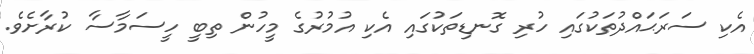
އެކި ސަރަޙައްދުތަކުގައި ހުރި ގޮނޑިތަކުގައި އެކި އުމުރުގެ މީހުން ތިބީ ހީސަމާސާ ކުރާށެވެ.